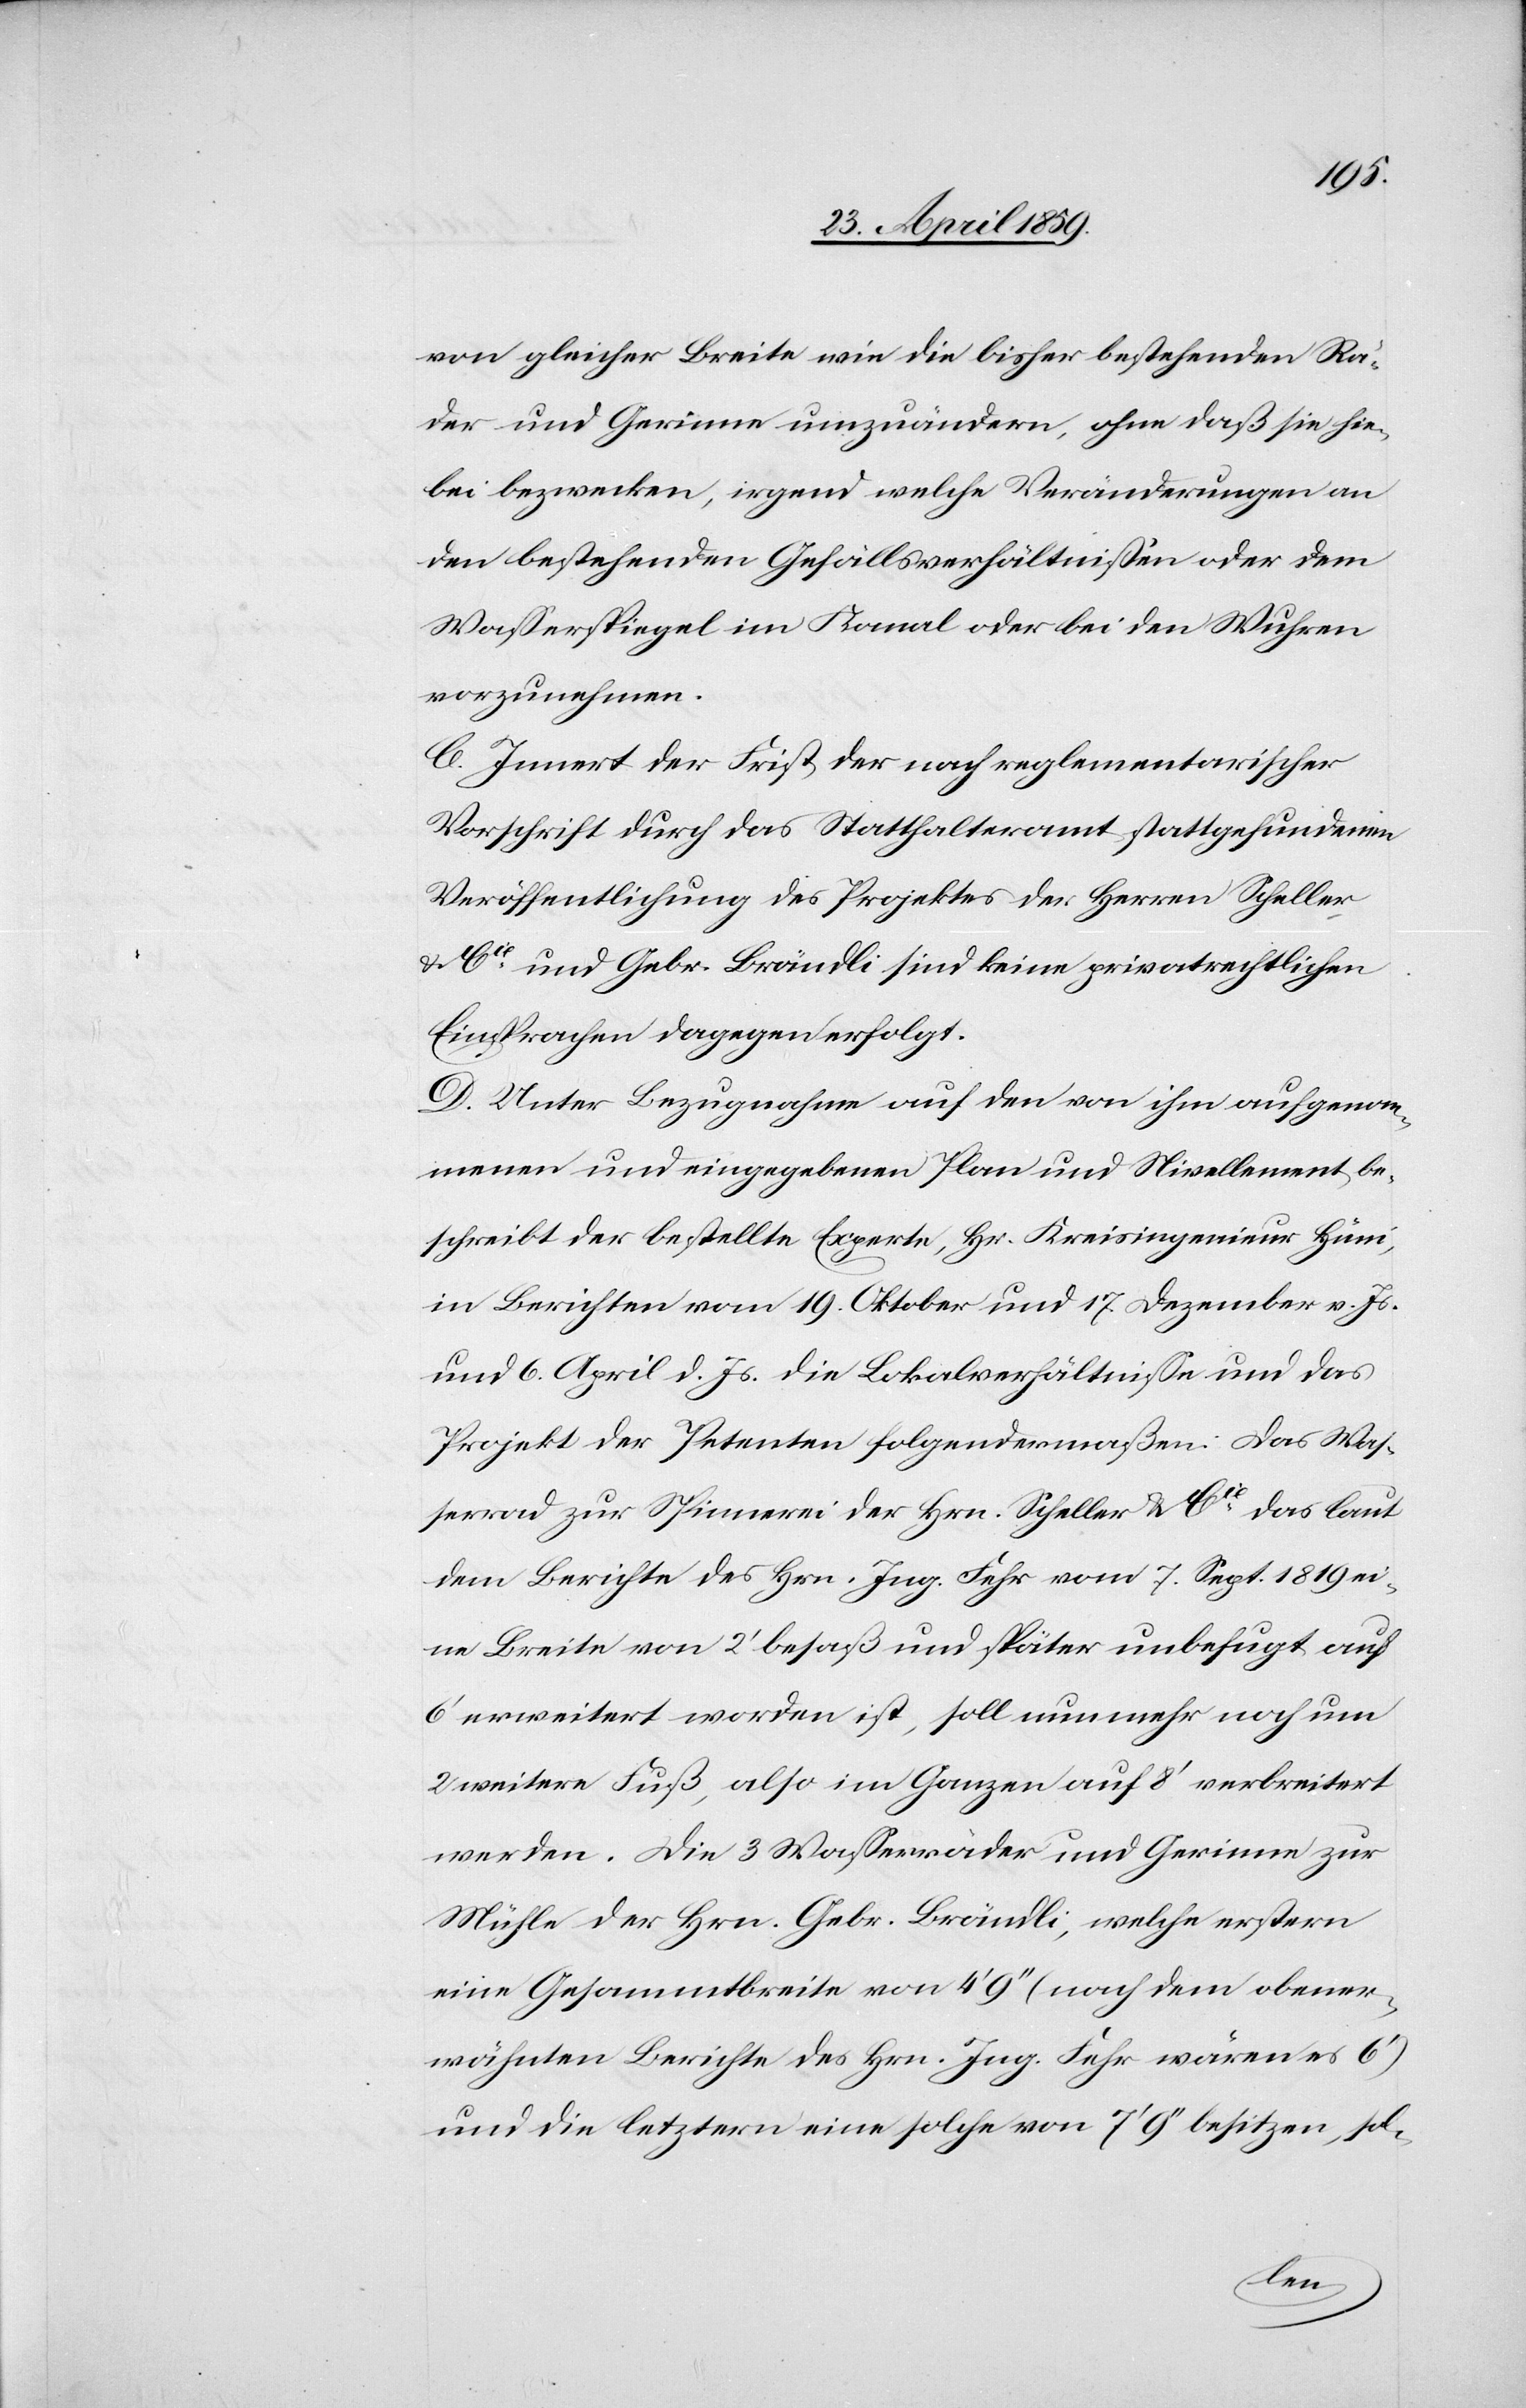
von gleicher Breite wie die bisher bestehenden Rä¬
der und Gerinne umzuändern, ohne daß sie hie¬
bei bezwecken, irgend welche Veränderungen an
den bestehenden Gefällsverhältnißen oder dem
Waßerspiegel im Kanal oder bei den Wuhren
vorzunehmen.
C. Innert der Frist der nach reglementarischer
Vorschrift durch das Statthalteramt stattgefundenen
Veröffentlichung des Projektes der Herren Scheller
& Cie und Gebr. Brändli sind keine privatrechtlichen
Einsprachen dagegen erfolgt.
D. Unter Bezugnahme auf den von ihm aufgenom¬
menen und eingegebenen Plan und Nivellement be¬
schreibt der bestellte Experte, Hr. Kreisingenieur Hüni,
in Berichten vom 19. Oktober und 17. Dezember v. Js.
und 6. April d. Js. die Lokalverhältniße und das
Projekt der Petenten folgendermaßen: das Was¬
serrad zur Spinnerei der Hrn. Scheller & Cie das laut
dem Berichte des Hrn. Jug. Fehr vom 7. Sept. 1819 ei¬
ne Breite von 2‘ besaß und später unbefugt auf
6‘ erweitert worden ist, soll nunmehr noch um
2 weitere Fuß, also im Ganzen auf 8‘ verbreitert
werden. Die 3 Waßerräder und Gerinne zur
Mühle der Hrn. Gebr. Brändli, welche erstern
eine Gesammtbreite von 4‘ 9‘‘ (nach dem obener¬
wähnten Berichte des Hrn. Ing. Fehr wären es 6‘)
und die letztern eine solche von 7‘ 9‘‘ besitzen, sol-